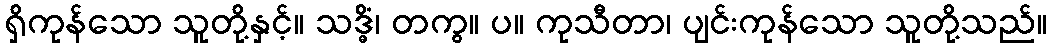
ရှိကုန်သော သူတို့နှင့်။ သဒ္ဓိံ၊ တကွ။ ပ။ ကုသီတာ၊ ပျင်းကုန်သော သူတို့သည်။